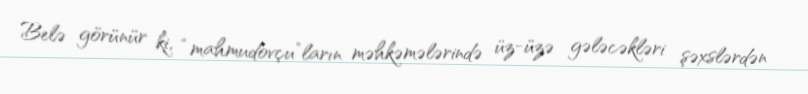
Belə görünür ki, “mahmudovçu”ların məhkəmələrində üz-üzə gələcəkləri şəxslərdən